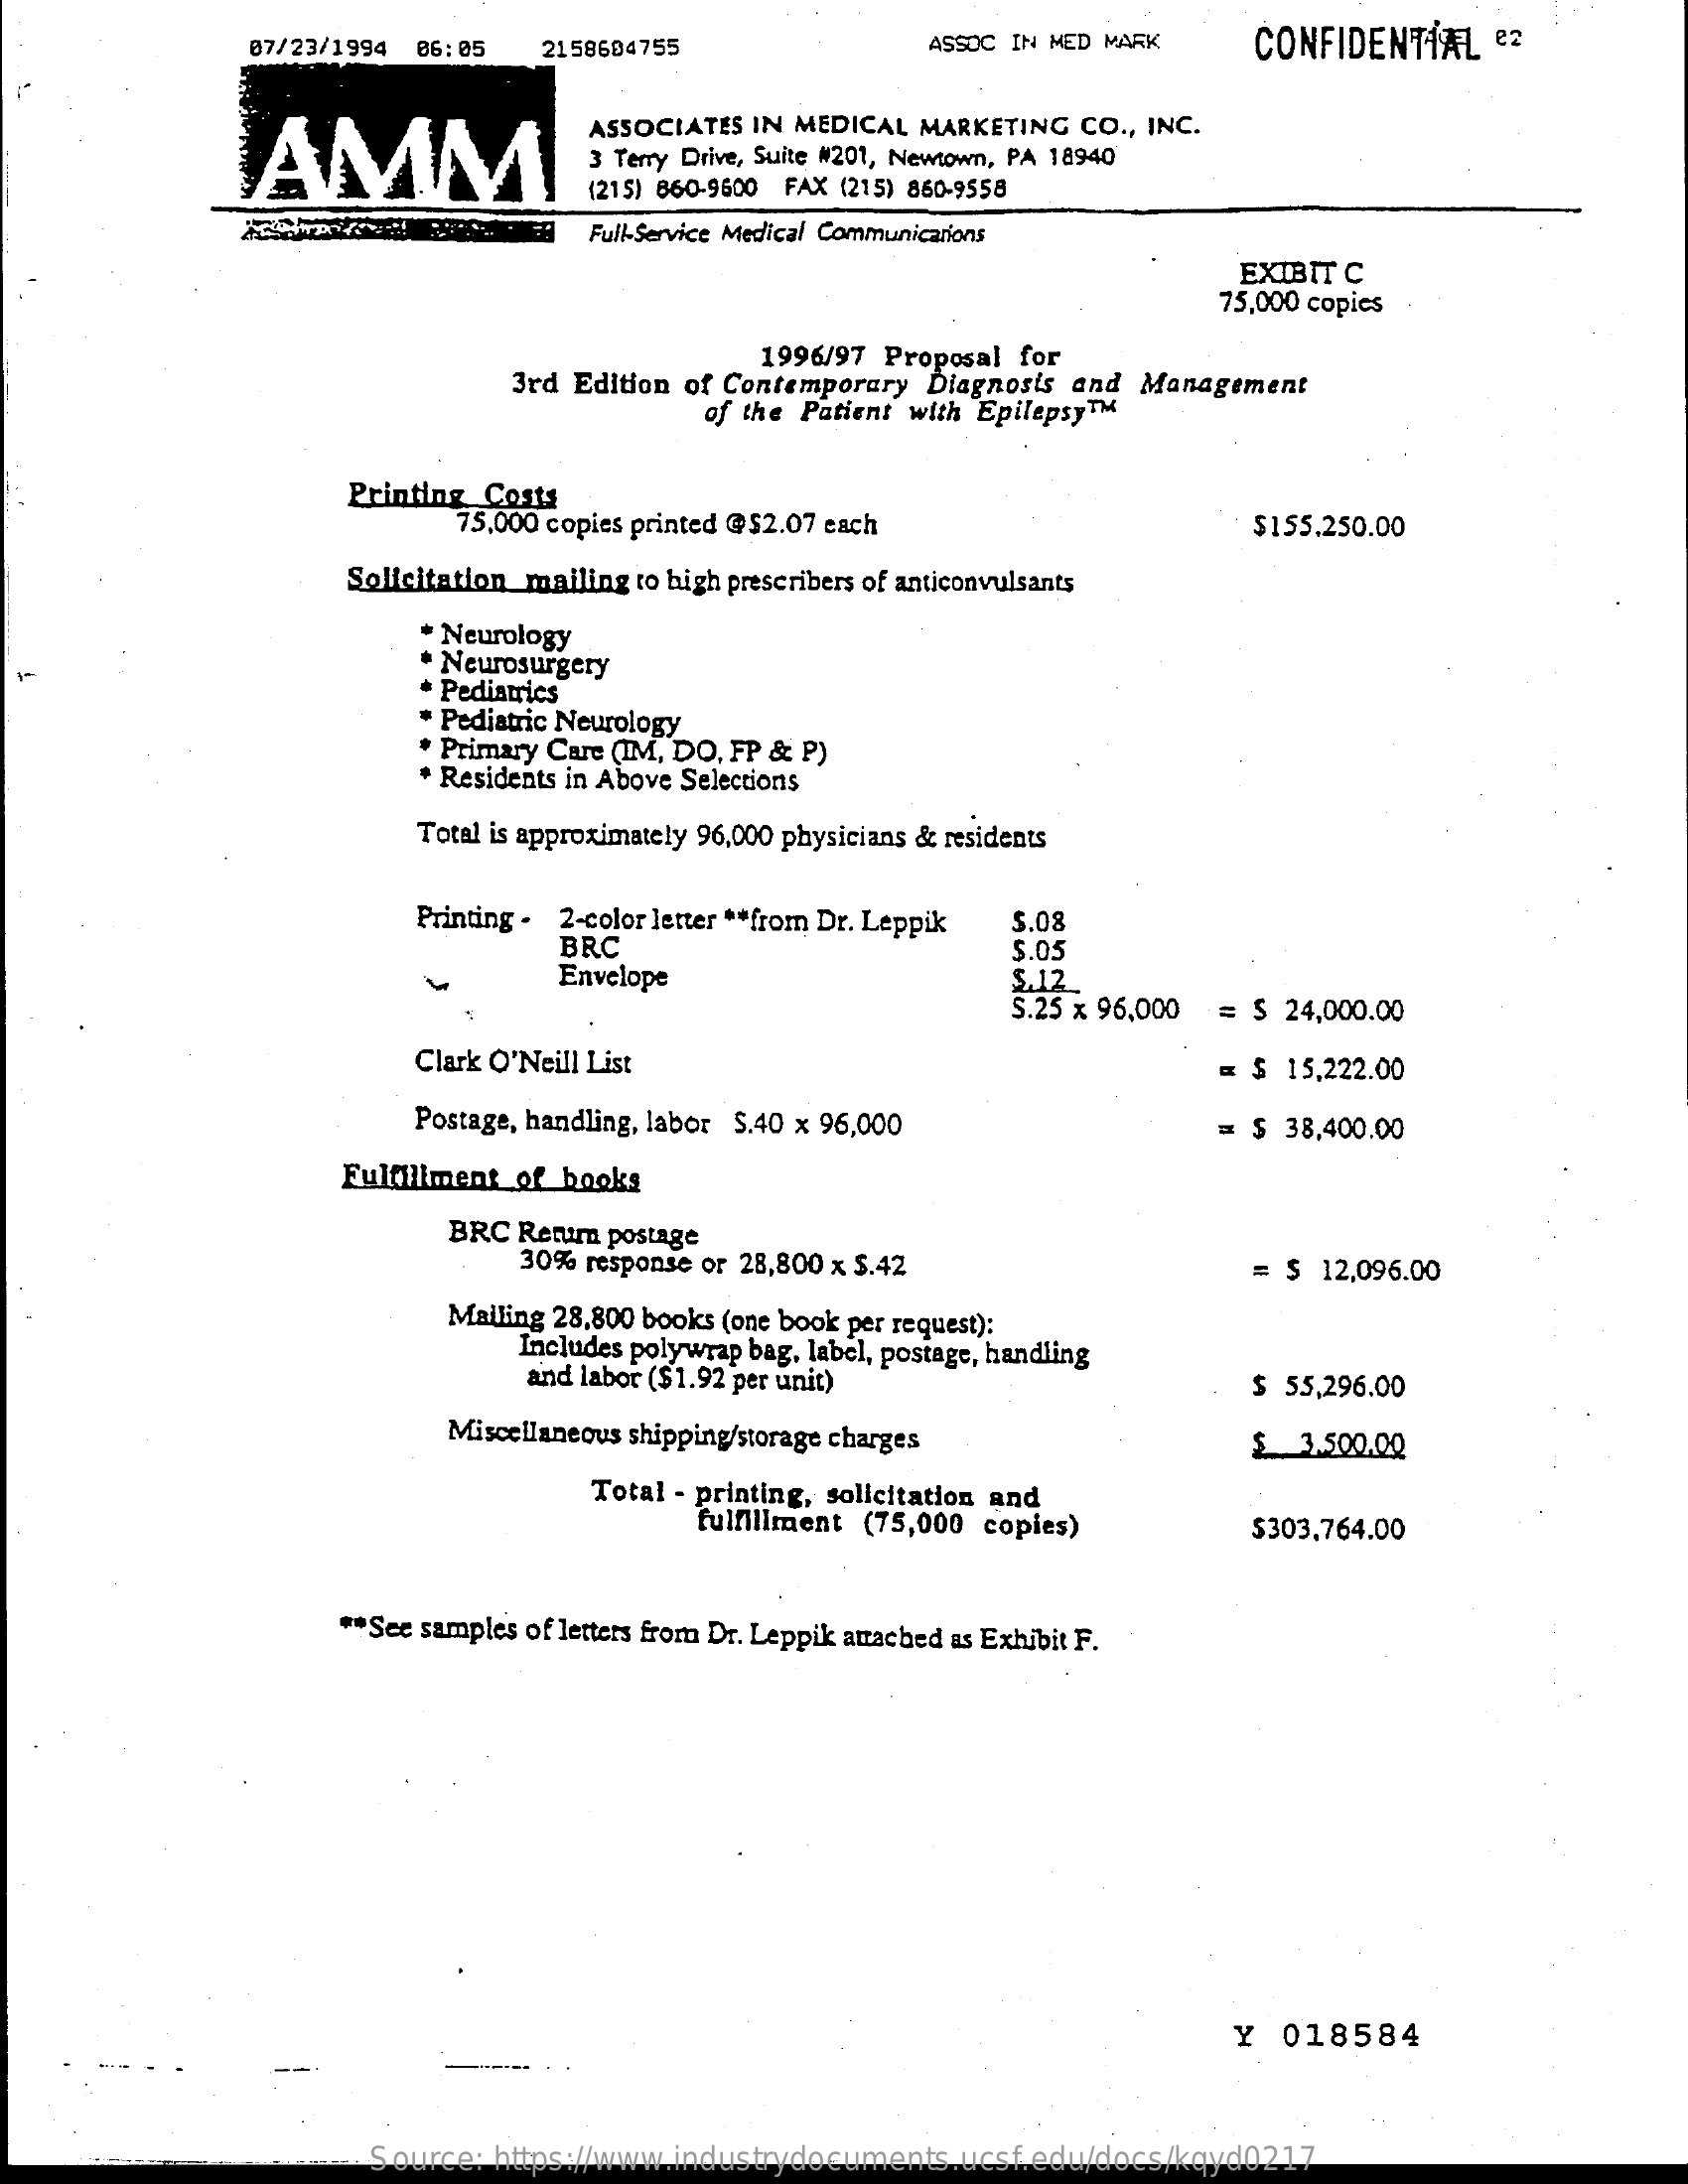
07/23/1994 06:05  2158604755    ASSOC IN MED MARK   CONFIDENTIAL   e2
     AMM
     ASSOCIATES IN MEDICAL MARKETING CO ., INC.
     3 Terry Drive, Suite #201, Newtown, PA 18940
     (215) 860-9600 FAX (215) 860-9558
     Full-Service Medical Communications
     EXIBIT C
     75,000 copies
     1996/97 Proposal for
     3rd Edition of Contemporary Diagnosis and Management
     of the Patient with EpilepsyTM
     Printing Costs
     75,000 copies printed @$2.07 each    $155.250.00
     Solicitation_mailing to high prescribers of anticonvulsants
     · Neurology
     * Neurosurgery
     * Pediatrics
     Pediatric Neurology
     * Primary Care (IM, DO, FP & P)
     * Residents in Above Selections
     Total is approximately 96,000 physicians & residents
     Printing - 2-color letter ** from Dr. Leppik
     BRC
     5.08
     5.05
     Envelope    5.12.
     S.25 x 96,000 = $ 24,000.00
     Clark O'Neill List    = $ 15,222.00
     Postage, handling, labor S.40 x 96,000    = $ 38,400.00
     Fulfillment of books
     BRC Return postage
     30% response or 28,800 x $.42    = $  12,096.00
     Malling 28,800 books (one book per request):
     Includes polywrap bag, label, postage, handling
     and labor ($1.92 per unit)    $ 55,296.00
     Miscellaneous shipping/storage charges    $  3.500.00
     Total - printing, solicitation and
     fulfillment (75,000 copies)    5303,764.00
     ** See samples of letters from Dr. Leppik attached as Exhibit F.
     Y  018584
     Source: https://www.industrydocuments.ucsf.edu/docs/kqyd0217